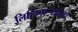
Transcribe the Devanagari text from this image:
लिहिणार्‍यांना